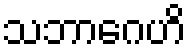
သဘာဂေဟိ